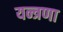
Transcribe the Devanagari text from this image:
यन्त्रणा